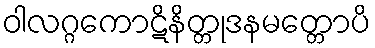
ဝါလဂ္ဂကောဋိနိတ္တုဒနမတ္တောပိ